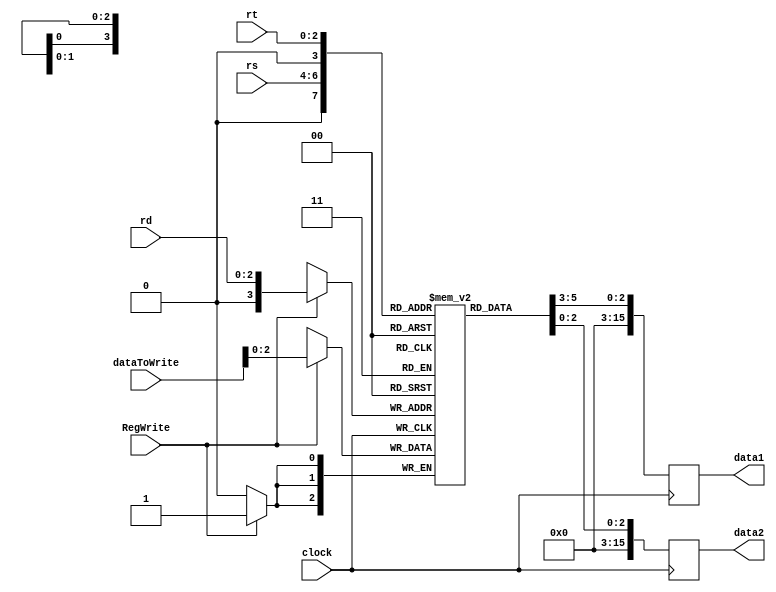
module RegisterBank(clock, RegWrite, rs, rt, rd, dataToWrite, data1, data2);

    input clock;
    input RegWrite;
    input [2:0]rs;
    input [2:0]rt;
    input [2:0]rd;
    input [15:0]dataToWrite;

    output reg [15:0]data1;
    output reg [15:0]data2;

    reg [2:0]registers[15:0];
    integer i;
	 
    initial begin
        for(i=0;i<16;i=i+1) begin
            registers[i] <= 16'b0 + i;  
        end
    end

    always @ (posedge clock)begin       
        data1 = registers[rs];
        data2 = registers[rt];
    end

    always @ (negedge clock)begin
        if(RegWrite == 1)begin
            registers[rd] <= dataToWrite;
        end
    end
endmodule